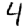
Digit: 4